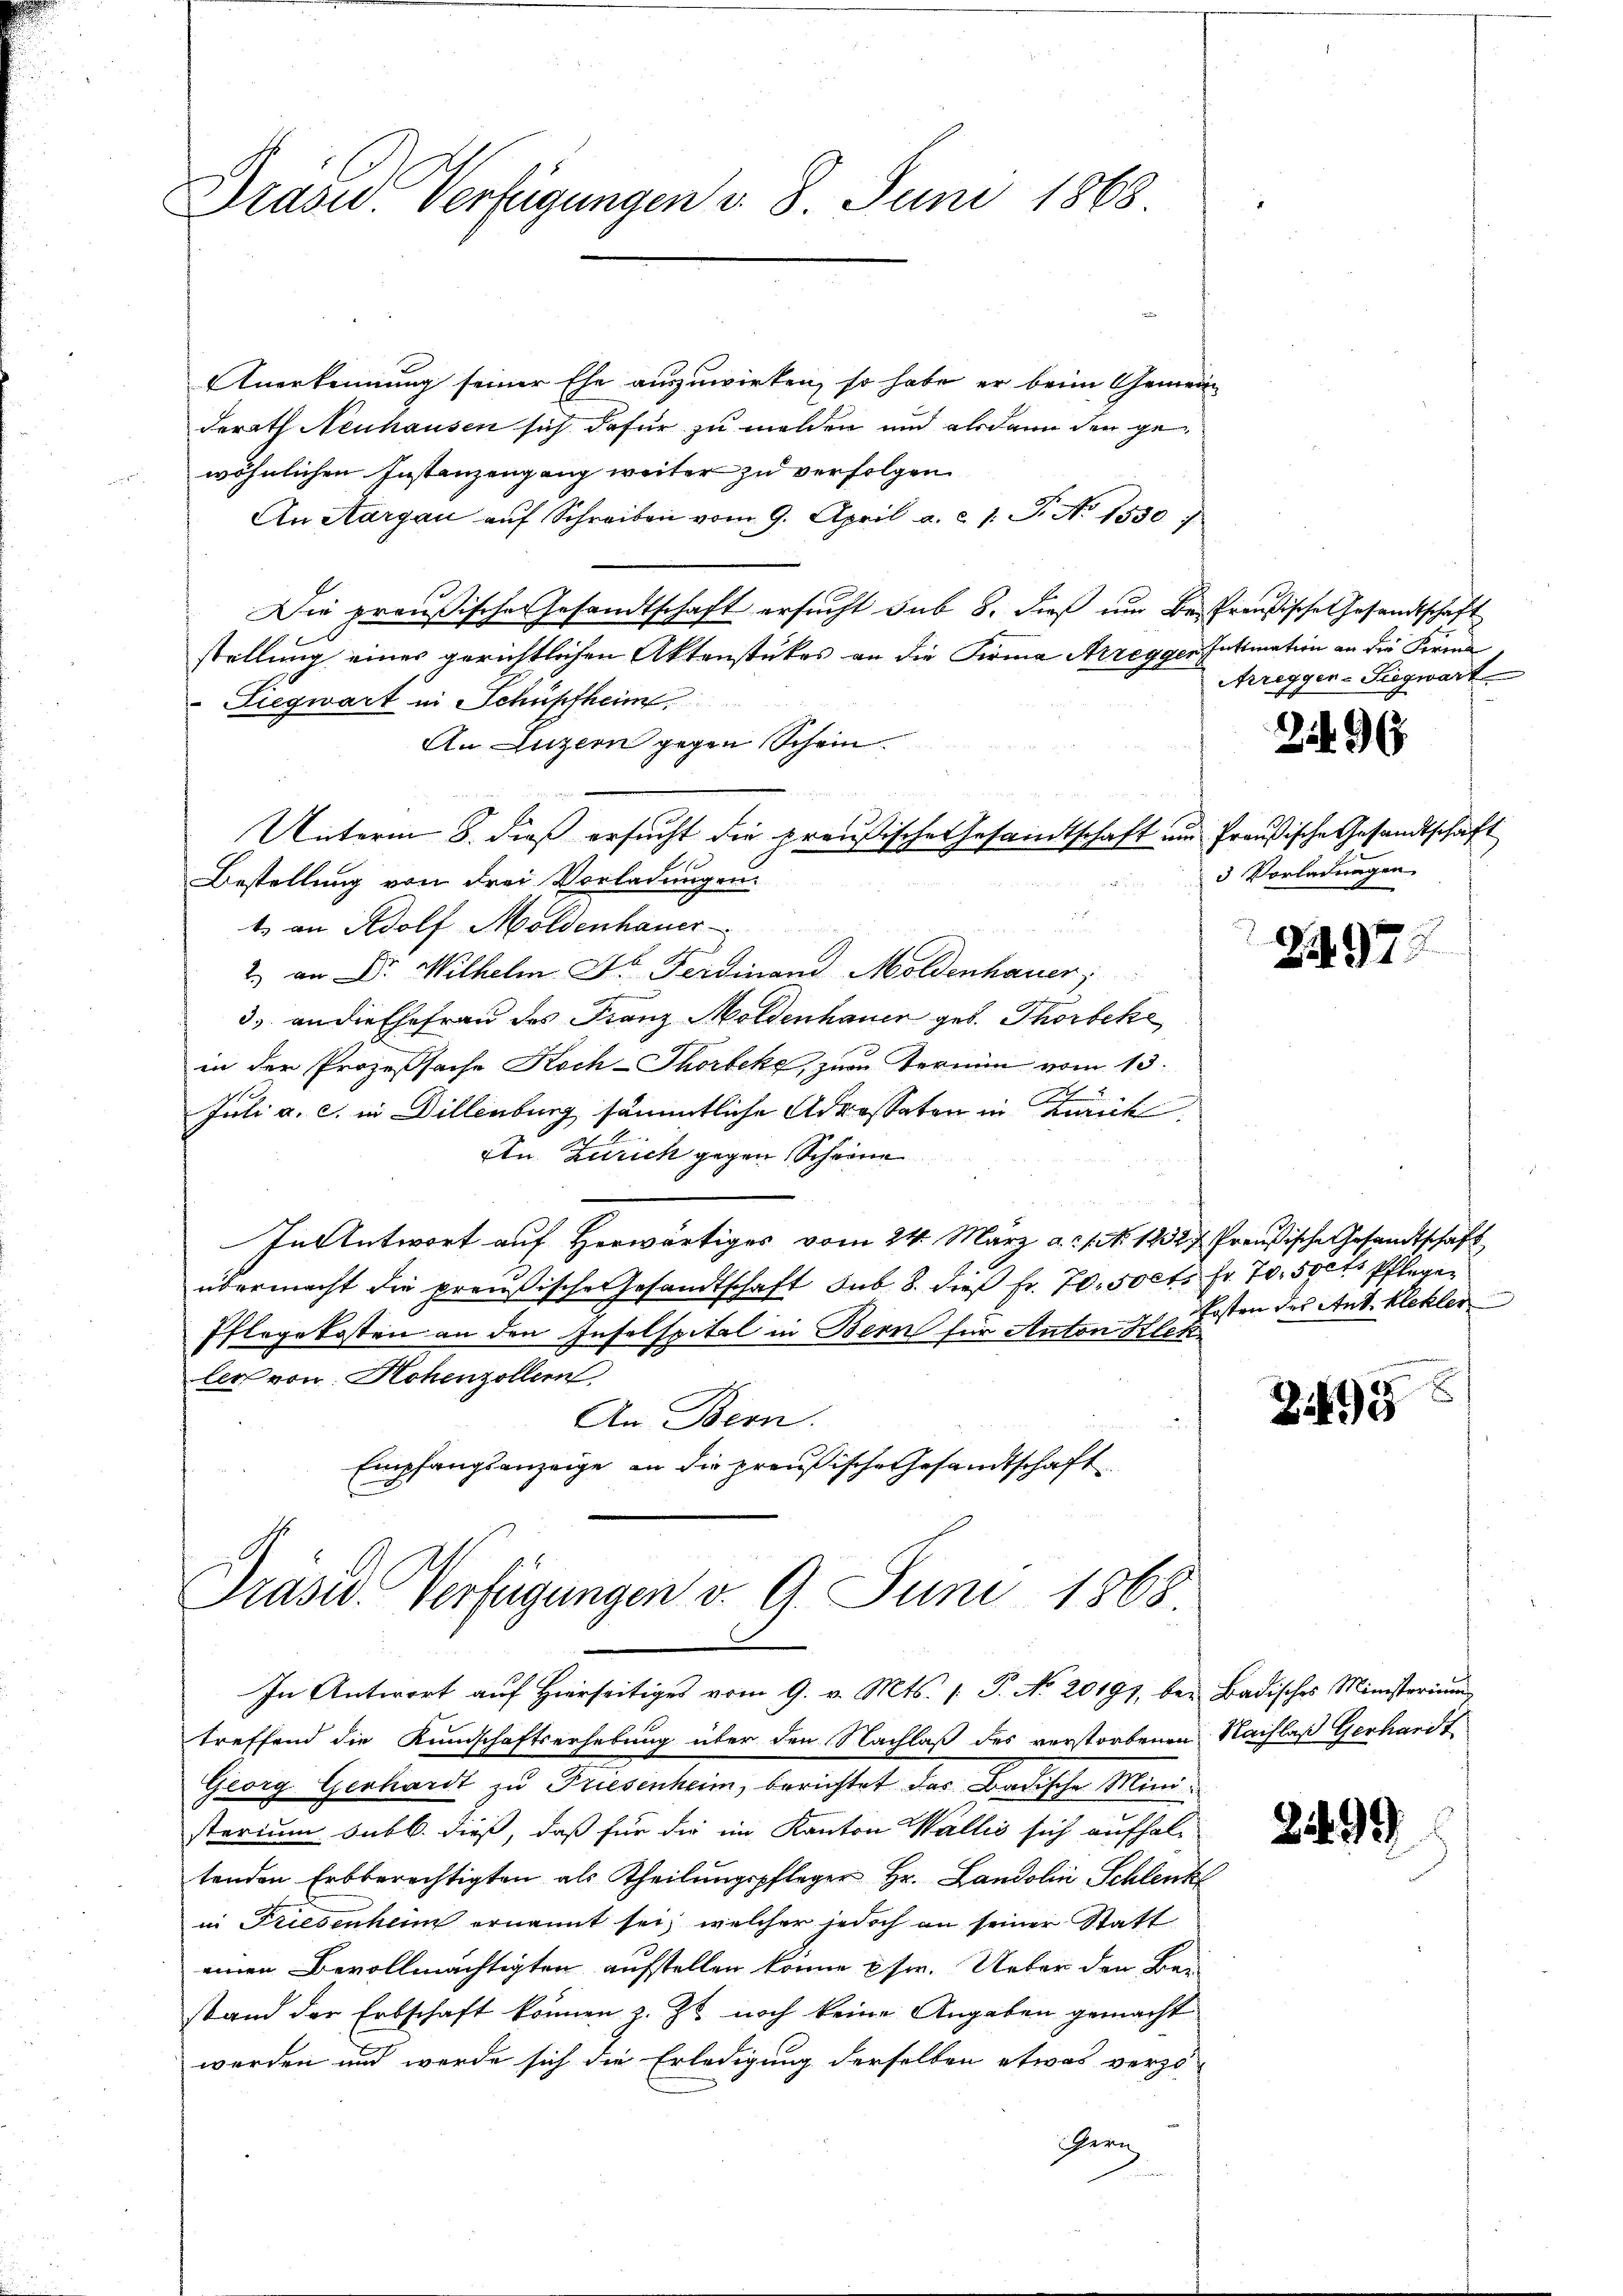
Präsid. Verfügungen v. 8. Juni 1868

Anerkennung seiner Ehe auszuwirken, so habe er beim Gemeinderath Neuhausen sich dafür zu melden und alsdann der gewöhnlichen Instanzengang weiter zu verfolgen
An Aargau aŭf Schreiben vom 9. April a. c. 1. J. No 1550)
Die preußische Gesandtschaft ersucht sub 8. dieß um Be- Preußische Gesandtschäft
stellung eines gerichtlichen Aktenstückes an die Firma Arregger Intimation an die Firma
Siegwart in Schüpfheim.
An Luzern gegen Schein
Bestellung von drei Vorladungen.
t. an Adolf Moldenhauer
2 an Dr. Wilhelm Dr. Ferdinanz Moldenhauer
3. an die Ehefrau des Franz Moldenhauer geb. Thorbeke
in der Prozeßsache Koch-Thorbeke, zum Termin vom 13.
Juli a. c. in Dillenburg sämmtliche Adressaten in Zürich
An Zürich gegen Scheine
In Antwort auf Herwärtiges vom 24. März a. 1. No. 12327 Preußische Gesandtschaft
übermacht die preußische Gesandtschaft sub. 8. die Fr. 70. 50ct. Fr. 70. 500. Pflegen
Pflegekosten an den Inselspital in Bern für Anton Klekler von Hohenzollern
An Bern.
Empfangsanzeige an die preußische Gesandtschaft

Unterm 8. dieß ersucht die preußische Gesandtschaft und Preußische Gesandtschaft

Präsid. Verfügungen v. 9. Juni 1868.

In Antwort auf Hierseitiges vom 9. v. Mts. [: P. No 20191, bey Badisches Ministerium
treffend die Kundschaftserhebung über den Nachlaß des verstorbenen Nachlaß Gerhardt
Georg Gerhardt zu Friesenheim, berichtet das Badische Ministerium subb. dieß, daß für die im Kanton Wallis sich aufhal-
tenden Erbberechtigten als Theilungspfleger Hr. Landolin Schlenk
in Friesenheim ernannt sei, welcher jedoch an seiner Statt
einen Bevollmächtigten aufstellen könne psw. Ueber den Bau
stand der Erbschaft können, z. Zt. noch keine Angaben gemacht
werden und werde sich die Erledigung derselben etwas verzö-
ern

Arregger-Siegwart

29.

3 Vorladungen

kosten des Ant. Klehler

2495

2499